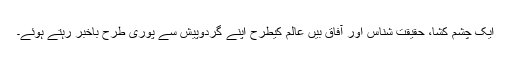
ایک چشم کشا، حقیقت شناس اور آفاق بیں عالم کیطرح اپنے گردوپیش سے پوری طرح باخبر رہتے ہوئے۔